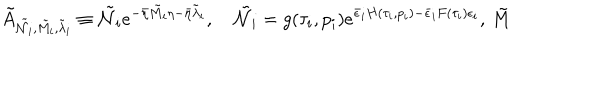
\tilde { A } _ { \tilde { \mathcal { N } } _ { i } , \tilde { M _ { i } } , \tilde { \lambda } _ { i } } \equiv \tilde { \mathcal { N } } _ { i } e ^ { - \bar { \eta } \tilde { M } _ { i } \eta - \bar { \eta } \tilde { \lambda } _ { i } } , \quad \tilde { \mathcal { N } } _ { i } = g ( \tau _ { i } , p _ { i } ) e ^ { \bar { \epsilon } _ { i } H ( \tau _ { i } , p _ { i } ) - \bar { \epsilon } _ { i } F ( \tau _ { i } ) \epsilon _ { i } } , \, \tilde { M }